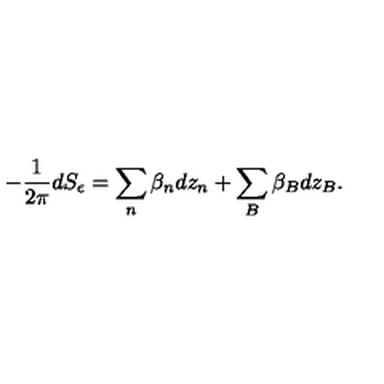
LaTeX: - \frac { 1 } { 2 \pi } d S _ { \epsilon } = \sum _ { n } \beta _ { n } d z _ { n } + \sum _ { B } \beta _ { B } d z _ { B } .